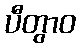
ပီတွာဝ